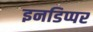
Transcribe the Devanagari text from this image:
इनडिप्पर